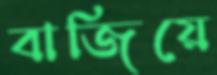
বাজিয়ে